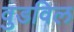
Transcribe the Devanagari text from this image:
वुडविल